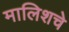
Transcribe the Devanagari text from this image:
मालिशचे